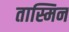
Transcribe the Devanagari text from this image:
तास्मिन